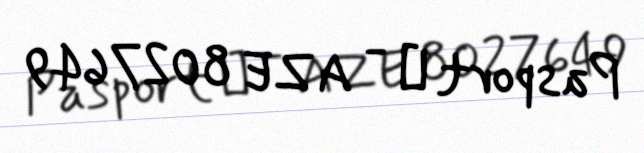
Pasport № - AZE 8027649